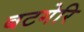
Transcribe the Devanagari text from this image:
बटगेरि